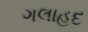
ગલાહદ